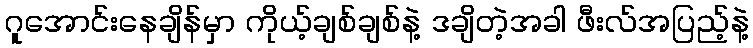
ဂူအောင်းနေချိန်မှာ ကိုယ့်ချစ်ချစ်နဲ့ ဒချိတဲ့အခါ ဖီးလ်အပြည့်နဲ့